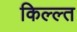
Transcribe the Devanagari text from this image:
किल्ल्त